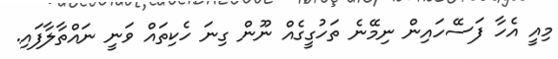
މިއީ އެހާ ފަސޭހައިން ނިމޭނެ ތަހުގީގެއް ނޫން ގިނަ ހެކިތައް ވަނީ ނައްތާލާފައި.